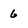
Character: 6